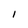
Character: I